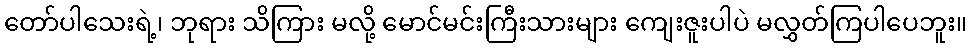
တော်ပါသေးရဲ့၊ ဘုရား သိကြား မလို့ မောင်မင်းကြီးသားများ ကျေးဇူးပါပဲ မလွှတ်ကြပါပေဘူး။